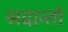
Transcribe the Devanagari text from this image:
सदान्तो